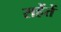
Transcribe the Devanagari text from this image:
सहेंतें